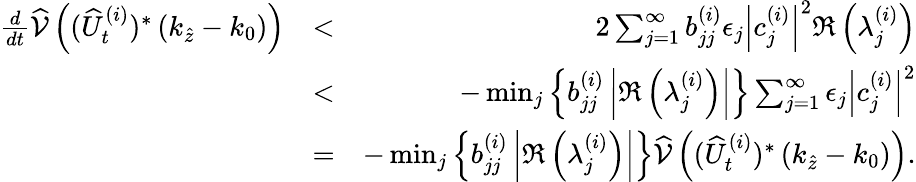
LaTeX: \begin{array}{rlr}{\frac{d}{dt}\widehat{\mathcal{V}}\left((\widehat{U}_{t}^{(i)})^{*}\left(k_{\widehat{z}}-k_{0}\right)\right)}&{<}&{2\sum_{j=1}^{\infty}b_{jj}^{(i)}\epsilon_{j}\left|c_{j}^{(i)}\right|^{2}\Re\left(\lambda_{j}^{(i)}\right)}\\ &{<}&{-\operatorname*{min}_{j}\left\lbrace b_{jj}^{(i)}\left|\Re\left(\lambda_{j}^{(i)}\right)\right|\right\rbrace\sum_{j=1}^{\infty}\epsilon_{j}\left|c_{j}^{(i)}\right|^{2}}\\ &{=}&{-\operatorname*{min}_{j}\left\lbrace b_{jj}^{(i)}\left|\Re\left(\lambda_{j}^{(i)}\right)\right|\right\rbrace\widehat{\mathcal{V}}\left((\widehat{U}_{t}^{(i)})^{*}\left(k_{\widehat{z}}-k_{0}\right)\right).}\end{array}